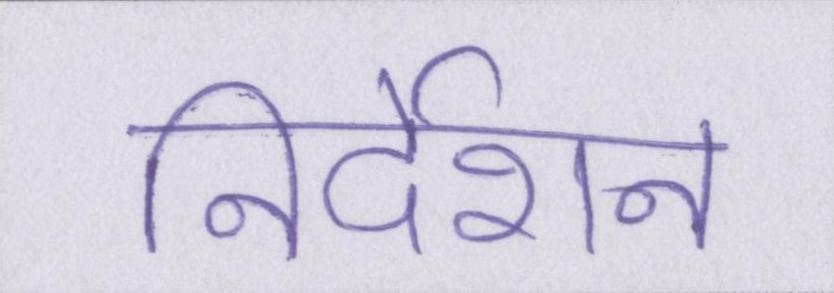
निर्देशन